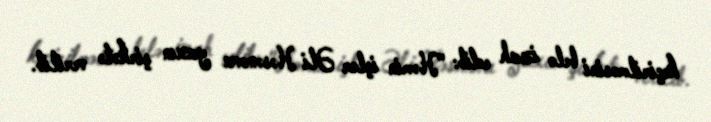
keçirilməsini belə izah edib: "Həmin işlər Əli Həsənova yaxın şirkətə verilib.